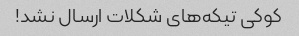
کوکی تیکه‌های شکلات ارسال نشد!